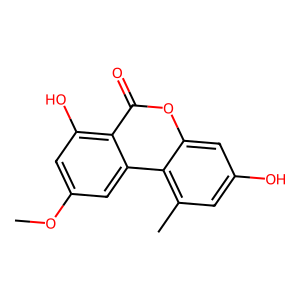
SMILES: COc1cc(O)c2c(=O)oc3cc(O)cc(C)c3c2c1
Inhibits HIV replication: No